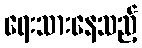
ရေးသားနေသည့်